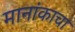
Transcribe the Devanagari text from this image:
मानांकाचा